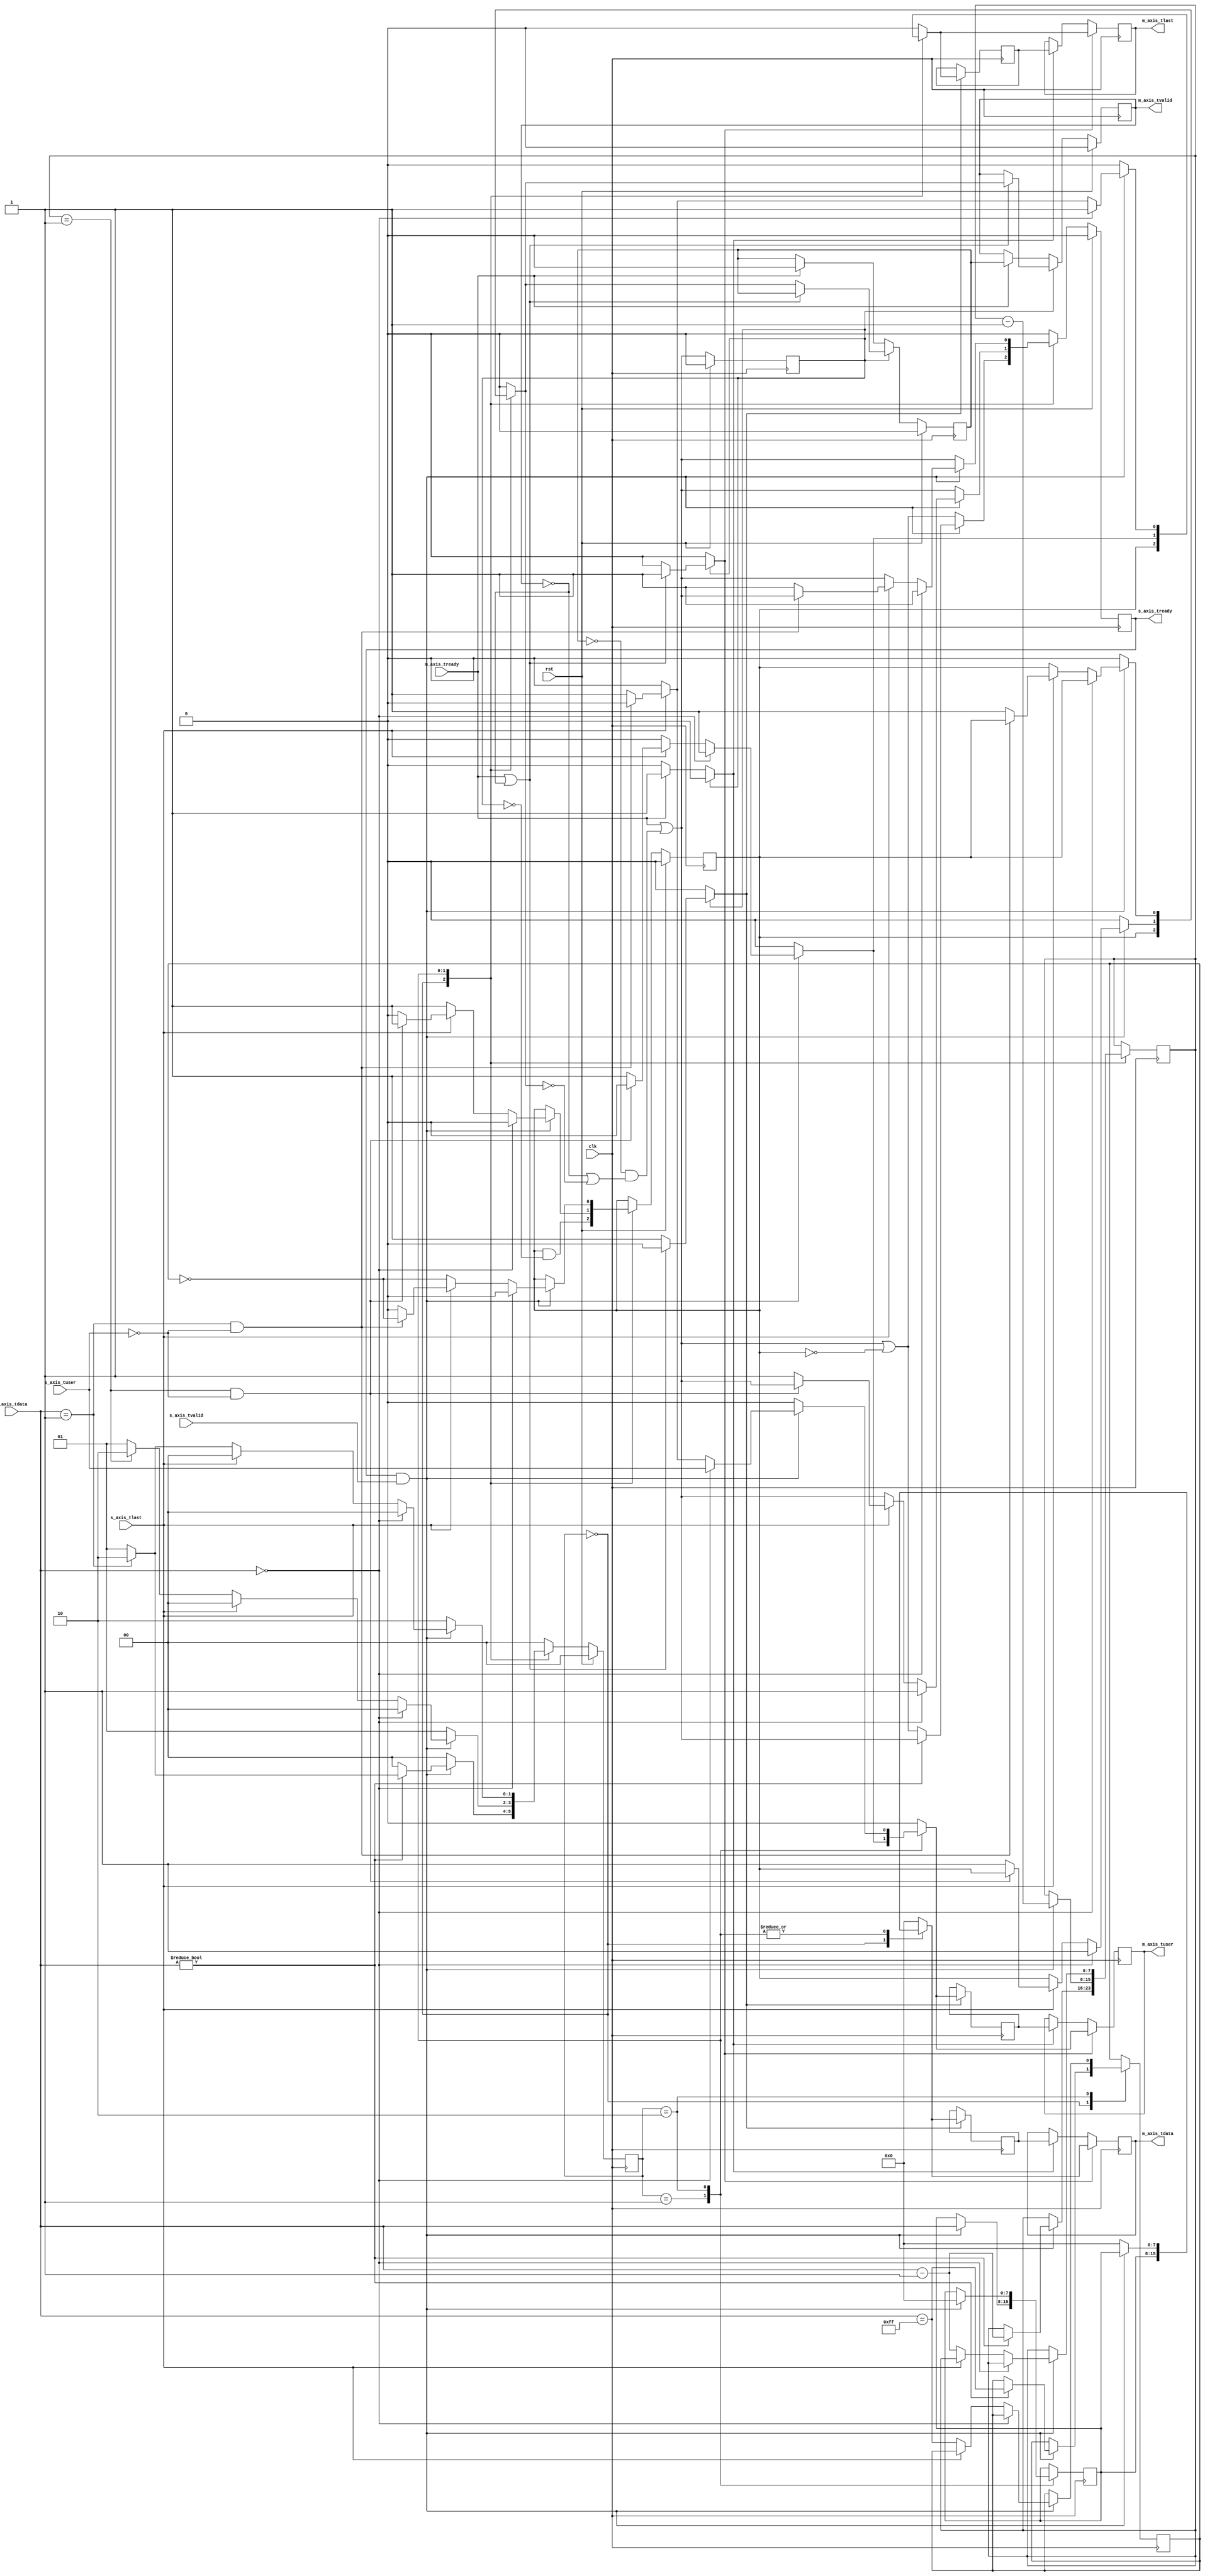
module axis_cobs_decode
(
    input  wire        clk,
    input  wire        rst,
    /*
     */
    input  wire [7:0]  s_axis_tdata,
    input  wire        s_axis_tvalid,
    output wire        s_axis_tready,
    input  wire        s_axis_tlast,
    input  wire        s_axis_tuser,
    /*
     */
    output wire [7:0]  m_axis_tdata,
    output wire        m_axis_tvalid,
    input  wire        m_axis_tready,
    output wire        m_axis_tlast,
    output wire        m_axis_tuser
);
// state register
localparam [1:0]
    STATE_IDLE = 2'd0,
    STATE_SEGMENT = 2'd1,
    STATE_NEXT_SEGMENT = 2'd2;
reg [1:0] state_reg = STATE_IDLE, state_next;
reg [7:0] count_reg = 8'd0, count_next;
reg suppress_zero_reg = 1'b0, suppress_zero_next;
reg [7:0] temp_tdata_reg = 8'd0, temp_tdata_next;
reg temp_tvalid_reg = 1'b0, temp_tvalid_next;
// internal datapath
reg [7:0] m_axis_tdata_int;
reg       m_axis_tvalid_int;
reg       m_axis_tready_int_reg = 1'b0;
reg       m_axis_tlast_int;
reg       m_axis_tuser_int;
wire      m_axis_tready_int_early;
reg s_axis_tready_reg = 1'b0, s_axis_tready_next;
assign s_axis_tready = s_axis_tready_reg;
always @* begin
    state_next = STATE_IDLE;
    count_next = count_reg;
    suppress_zero_next = suppress_zero_reg;
    temp_tdata_next = temp_tdata_reg;
    temp_tvalid_next = temp_tvalid_reg;
    m_axis_tdata_int = 8'd0;
    m_axis_tvalid_int = 1'b0;
    m_axis_tlast_int = 1'b0;
    m_axis_tuser_int = 1'b0;
    s_axis_tready_next = 1'b0;
    case (state_reg)
        STATE_IDLE: begin
            // idle state
            s_axis_tready_next = m_axis_tready_int_early || !temp_tvalid_reg;
            // output final word
            m_axis_tdata_int = temp_tdata_reg;
            m_axis_tvalid_int = temp_tvalid_reg;
            m_axis_tlast_int = temp_tvalid_reg;
            temp_tvalid_next = temp_tvalid_reg && !m_axis_tready_int_reg;
            if (s_axis_tready && s_axis_tvalid) begin
                // valid input data
                // skip any leading zeros
                if (s_axis_tdata != 8'd0) begin
                    // store count value and zero suppress
                    count_next = s_axis_tdata-1;
                    suppress_zero_next = (s_axis_tdata == 8'd255);
                    s_axis_tready_next = m_axis_tready_int_early;
                    if (s_axis_tdata == 8'd1) begin
                        // next byte will be count value
                        state_next = STATE_NEXT_SEGMENT;
                    end else begin
                        // next byte will be data
                        state_next = STATE_SEGMENT;
                    end
                end else begin
                    state_next = STATE_IDLE;
                end
            end else begin
                state_next = STATE_IDLE;
            end
        end
        STATE_SEGMENT: begin
            // receive segment
            s_axis_tready_next = m_axis_tready_int_early;
            if (s_axis_tready && s_axis_tvalid) begin
                // valid input data
                // store in temp register
                temp_tdata_next = s_axis_tdata;
                temp_tvalid_next = 1'b1;
                // move temp to output
                m_axis_tdata_int = temp_tdata_reg;
                m_axis_tvalid_int = temp_tvalid_reg;
                // decrement count
                count_next = count_reg - 1;
                if (s_axis_tdata == 8'd0) begin
                    // got a zero byte in a frame - mark it as an error and re-sync
                    temp_tvalid_next = 1'b0;
                    m_axis_tvalid_int = 1'b1;
                    m_axis_tuser_int = 1'b1;
                    m_axis_tlast_int = 1'b1;
                    s_axis_tready_next = 1'b1;
                    state_next = STATE_IDLE;
                end else if (s_axis_tlast) begin
                    // end of frame
                    if (count_reg == 8'd1 && !s_axis_tuser) begin
                        // end of frame indication at correct time, go to idle to output final byte
                        state_next = STATE_IDLE;
                    end else begin
                        // end of frame indication at invalid time or tuser assert, so mark as an error and re-sync
                        temp_tvalid_next = 1'b0;
                        m_axis_tvalid_int = 1'b1;
                        m_axis_tuser_int = 1'b1;
                        m_axis_tlast_int = 1'b1;
                        s_axis_tready_next = 1'b1;
                        state_next = STATE_IDLE;
                    end
                end else if (count_reg == 8'd1) begin
                    // next byte will be count value
                    state_next = STATE_NEXT_SEGMENT;
                end else begin
                    // next byte will be data
                    state_next = STATE_SEGMENT;
                end
            end else begin
                state_next = STATE_SEGMENT;
            end
        end
        STATE_NEXT_SEGMENT: begin
            // next segment
            s_axis_tready_next = m_axis_tready_int_early;
            if (s_axis_tready && s_axis_tvalid) begin
                // valid input data
                // store zero in temp if not suppressed
                temp_tdata_next = 8'd0;
                temp_tvalid_next = !suppress_zero_reg;
                // move temp to output
                m_axis_tdata_int = temp_tdata_reg;
                m_axis_tvalid_int = temp_tvalid_reg;
                if (s_axis_tdata == 8'd0) begin
                    // got a zero byte delineating the end of the frame, so mark as such and re-sync
                    temp_tvalid_next = 1'b0;
                    m_axis_tuser_int = s_axis_tuser;
                    m_axis_tlast_int = 1'b1;
                    s_axis_tready_next = 1'b1;
                    state_next = STATE_IDLE;
                end else if (s_axis_tlast) begin
                    if (s_axis_tdata == 8'd1 && !s_axis_tuser) begin
                        // end of frame indication at correct time, go to idle to output final byte
                        state_next = STATE_IDLE;
                    end else begin
                        // end of frame indication at invalid time or tuser assert, so mark as an error and re-sync
                        temp_tvalid_next = 1'b0;
                        m_axis_tvalid_int = 1'b1;
                        m_axis_tuser_int = 1'b1;
                        m_axis_tlast_int = 1'b1;
                        s_axis_tready_next = 1'b1;
                        state_next = STATE_IDLE;
                    end
                end else begin
                    // otherwise, store count value and zero suppress
                    count_next = s_axis_tdata-1;
                    suppress_zero_next = (s_axis_tdata == 8'd255);
                    s_axis_tready_next = m_axis_tready_int_early;
                    if (s_axis_tdata == 8'd1) begin
                        // next byte will be count value
                        state_next = STATE_NEXT_SEGMENT;
                    end else begin
                        // next byte will be data
                        state_next = STATE_SEGMENT;
                    end
                end
            end else begin
                state_next = STATE_NEXT_SEGMENT;
            end
        end
    endcase
end
always @(posedge clk) begin
    if (rst) begin
        state_reg <= STATE_IDLE;
        temp_tvalid_reg <= 1'b0;
        s_axis_tready_reg <= 1'b0;
    end else begin
        state_reg <= state_next;
        temp_tvalid_reg <= temp_tvalid_next;
        s_axis_tready_reg <= s_axis_tready_next;
    end
    temp_tdata_reg <= temp_tdata_next;
    count_reg <= count_next;
    suppress_zero_reg <= suppress_zero_next;
end
// output datapath logic
reg [7:0] m_axis_tdata_reg = 8'd0;
reg       m_axis_tvalid_reg = 1'b0, m_axis_tvalid_next;
reg       m_axis_tlast_reg = 1'b0;
reg       m_axis_tuser_reg = 1'b0;
reg [7:0] temp_m_axis_tdata_reg = 8'd0;
reg       temp_m_axis_tvalid_reg = 1'b0, temp_m_axis_tvalid_next;
reg       temp_m_axis_tlast_reg = 1'b0;
reg       temp_m_axis_tuser_reg = 1'b0;
// datapath control
reg store_axis_int_to_output;
reg store_axis_int_to_temp;
reg store_axis_temp_to_output;
assign m_axis_tdata = m_axis_tdata_reg;
assign m_axis_tvalid = m_axis_tvalid_reg;
assign m_axis_tlast = m_axis_tlast_reg;
assign m_axis_tuser = m_axis_tuser_reg;
// enable ready input next cycle if output is ready or the temp reg will not be filled on the next cycle (output reg empty or no input)
assign m_axis_tready_int_early = m_axis_tready || (!temp_m_axis_tvalid_reg && (!m_axis_tvalid_reg || !m_axis_tvalid_int));
always @* begin
    // transfer sink ready state to source
    m_axis_tvalid_next = m_axis_tvalid_reg;
    temp_m_axis_tvalid_next = temp_m_axis_tvalid_reg;
    store_axis_int_to_output = 1'b0;
    store_axis_int_to_temp = 1'b0;
    store_axis_temp_to_output = 1'b0;
    if (m_axis_tready_int_reg) begin
        // input is ready
        if (m_axis_tready || !m_axis_tvalid_reg) begin
            // output is ready or currently not valid, transfer data to output
            m_axis_tvalid_next = m_axis_tvalid_int;
            store_axis_int_to_output = 1'b1;
        end else begin
            // output is not ready, store input in temp
            temp_m_axis_tvalid_next = m_axis_tvalid_int;
            store_axis_int_to_temp = 1'b1;
        end
    end else if (m_axis_tready) begin
        // input is not ready, but output is ready
        m_axis_tvalid_next = temp_m_axis_tvalid_reg;
        temp_m_axis_tvalid_next = 1'b0;
        store_axis_temp_to_output = 1'b1;
    end
end
always @(posedge clk) begin
    if (rst) begin
        m_axis_tvalid_reg <= 1'b0;
        m_axis_tready_int_reg <= 1'b0;
        temp_m_axis_tvalid_reg <= 1'b0;
    end else begin
        m_axis_tvalid_reg <= m_axis_tvalid_next;
        m_axis_tready_int_reg <= m_axis_tready_int_early;
        temp_m_axis_tvalid_reg <= temp_m_axis_tvalid_next;
    end
    // datapath
    if (store_axis_int_to_output) begin
        m_axis_tdata_reg <= m_axis_tdata_int;
        m_axis_tlast_reg <= m_axis_tlast_int;
        m_axis_tuser_reg <= m_axis_tuser_int;
    end else if (store_axis_temp_to_output) begin
        m_axis_tdata_reg <= temp_m_axis_tdata_reg;
        m_axis_tlast_reg <= temp_m_axis_tlast_reg;
        m_axis_tuser_reg <= temp_m_axis_tuser_reg;
    end
    if (store_axis_int_to_temp) begin
        temp_m_axis_tdata_reg <= m_axis_tdata_int;
        temp_m_axis_tlast_reg <= m_axis_tlast_int;
        temp_m_axis_tuser_reg <= m_axis_tuser_int;
    end
end
endmodule